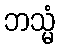
ဘသ္မံ